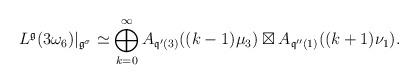
LaTeX: \begin{align*}L^{\frak{g}}(3\omega_6)|_{\frak{g}^\sigma}&\simeq\bigoplus_{k=0}^{\infty}A_{\frak{q}'(3)}((k-1)\mu_3)\boxtimes A_{\frak{q}''(1)}((k+1)\nu_1).\end{align*}